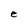
Character: e